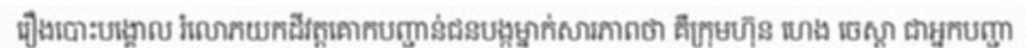
រឿងបោះបង្គោល រំលោភយកដីវត្តគោកបញ្ជាន់ជនបង្កម្នាក់សារភាពថា គឺក្រុមហ៊ុន ហេង ចេស្តា ជាអ្នកបញ្ជា